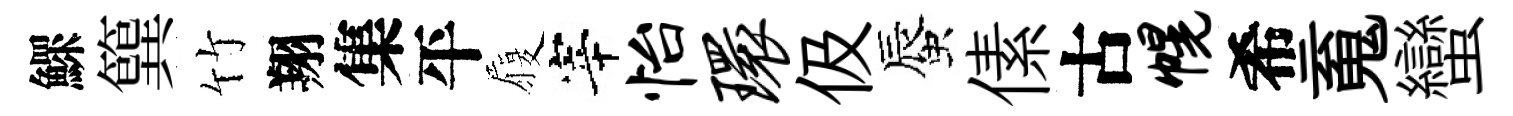
鰥簨竹翔集平履宰怡环伋蜃傃古幌希䰟蠻